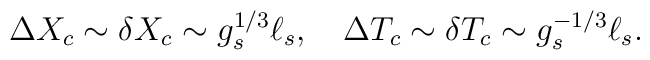
\Delta X_c \sim \delta X_c \sim g_s^{1/3}\ell_s , \quad \Delta T_c \sim \delta T_c \sim g_s^{-1/3}\ell_s  .